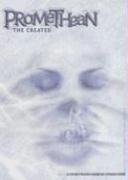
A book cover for Promethean: The Created; Science Fiction & Fantasy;